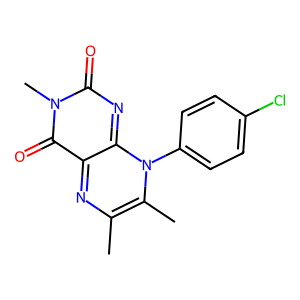
SMILES: Cc1nc2c(=O)n(C)c(=O)nc-2n(-c2ccc(Cl)cc2)c1C
Inhibits HIV replication: No